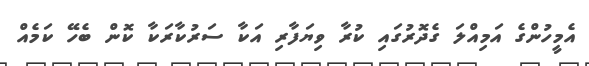
އެމީހުންގެ އަމިއްލަ ގެދޮރުގައި ކުރާ ވިޔަފާރި އަކާ ސަރުކާރަކާ ކޮން ބެހޭ ކަމެއް